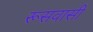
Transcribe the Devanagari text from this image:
रूसवासी